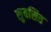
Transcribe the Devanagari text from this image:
सुवसित